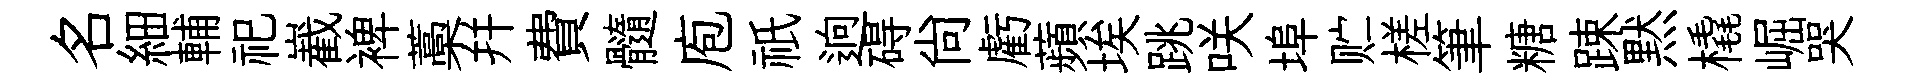
名細輔祀嶻裨藁幷費髓庖祇逈碍尚虧蘋埃跳咲埠贮槎筆糖踈黙橇崛哭